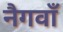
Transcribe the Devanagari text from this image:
नैगवाँ